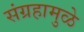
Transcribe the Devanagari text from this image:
संग्रहामुळे